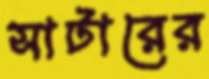
সাটারের